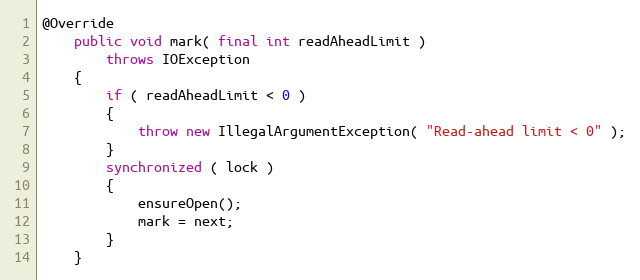
Language: Java
@Override
    public void mark( final int readAheadLimit )
        throws IOException
    {
        if ( readAheadLimit < 0 )
        {
            throw new IllegalArgumentException( "Read-ahead limit < 0" );
        }
        synchronized ( lock )
        {
            ensureOpen();
            mark = next;
        }
    }